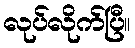
လုပ်လိုက်ပြီ။